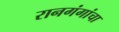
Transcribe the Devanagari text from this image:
रानगंगांचा